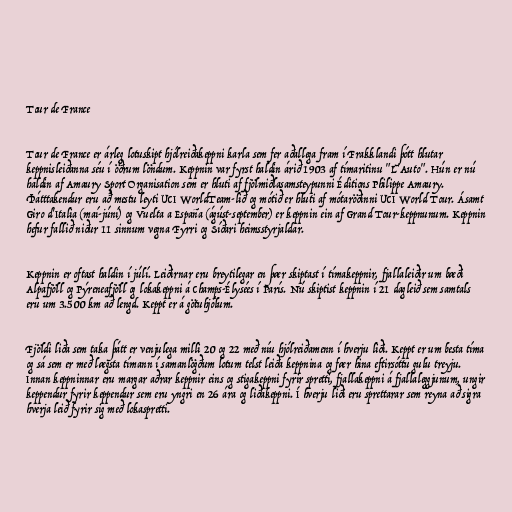
Tour de France

Tour de France er árleg lotuskipt hjólreiðakeppni karla sem fer aðallega fram í Frakklandi þótt hlutar
keppnisleiðanna séu í öðrum löndum. Keppnin var fyrst haldin árið 1903 af tímaritinu "L'Auto". Hún er nú
haldin af Amaury Sport Organisation sem er hluti af fjölmiðlasamsteypunni Éditions Philippe Amaury.
Þátttakendur eru að mestu leyti UCI WorldTeam-lið og mótið er hluti af mótaröðinni UCI World Tour. Ásamt
Giro d'Italia (maí-júní) og Vuelta a España (ágúst-september) er keppnin ein af Grand Tour-keppnunum. Keppnin
hefur fallið niður 11 sinnum vegna Fyrri og Síðari heimsstyrjaldar.

Keppnin er oftast haldin í júlí. Leiðirnar eru breytilegar en þær skiptast í tímakeppnir, fjallaleiðir um bæði
Alpafjöll og Pýreneafjöll og lokakeppni á Champs-Élysées í París. Nú skiptist keppnin í 21 dagleið sem samtals
eru um 3.500 km að lengd. Keppt er á götuhjólum.

Fjöldi liða sem taka þátt er venjulega milli 20 og 22 með níu hjólreiðamenn í hverju liði. Keppt er um besta tíma
og sá sem er með lægsta tímann í samanlögðum lotum telst leiða keppnina og fær hina eftirsóttu gulu treyju.
Innan keppninnar eru margar aðrar keppnir eins og stigakeppni fyrir spretti, fjallakeppni á fjallaleggjunum, ungir
keppendur fyrir keppendur sem eru yngri en 26 ára og liðakeppni. Í hverju liði eru sprettarar sem reyna að sigra
hverja leið fyrir sig með lokaspretti.